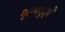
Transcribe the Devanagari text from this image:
ग्रामशुद्धी